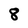
Character: 8